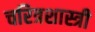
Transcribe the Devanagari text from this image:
चरित्रशास्त्री